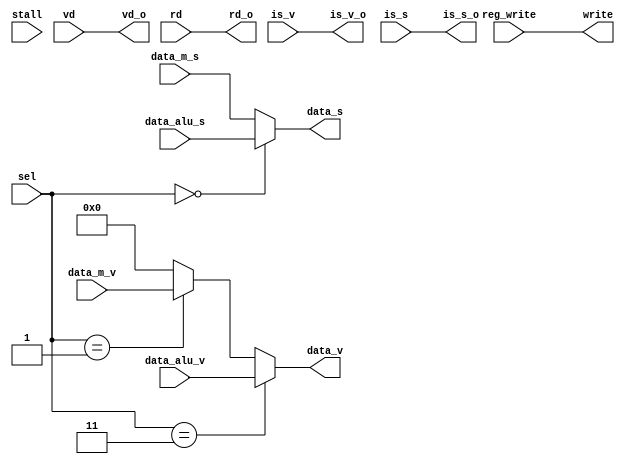
module write_back#(parameter VL = 8, parameter SEW = 32 )
				  (input stall,
				   input reg_write,
				   input  [31:0] data_m_s,
				   input  [31:0] data_alu_s,
				   
				   input  [VL*SEW-1:0] data_m_v,
				   input  [VL*SEW-1:0] data_alu_v,
				   input  [ 4:0] vd,
				   input  [ 4:0] rd,
				   input  [ 3:0] sel,
				   input  is_v,
				   input  is_s,
				   
				   output  is_v_o,
				   output  is_s_o,
				   output [31:0] data_s,
				   output [VL*SEW-1:0] data_v,
				   output [ 4:0] vd_o,
				   output [ 4:0] rd_o,
				   output write);  // for store

 
  parameter INST_ADDI  = 0;
  parameter INST_VLE32 = 1;
  parameter INST_VSE32 = 2;
  parameter INST_ARITH  = 3;
 
  assign write = reg_write;
  assign is_s_o = is_s;
  assign is_v_o = is_v;
  assign vd_o = vd;
  assign rd_o = rd;
  assign data_s = (sel == INST_ADDI) ? data_alu_s : data_m_s; // since no support scalar store 
  assign data_v = (sel == INST_ARITH) ? data_alu_v : 
				  (sel == INST_VLE32) ? data_m_v : 256'b0;

endmodule